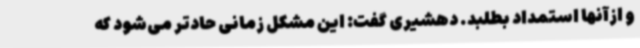
و ازآنها استمداد بطلبد. دهشیری گفت: این مشکل زمانی حادتر می‌شود که